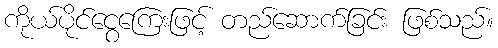
ကိုယ်ပိုင်ငွေကြေးဖြင့် တည်ဆောက်ခြင်း ဖြစ်သည်။